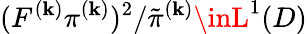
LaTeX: (F^{(\mathbf{k})}\pi^{(\mathbf{k})})^{2}/\tilde{{\pi}}^{(\mathbf{k})}\inL^{1}(D)